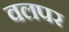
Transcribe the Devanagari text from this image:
वलपर